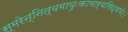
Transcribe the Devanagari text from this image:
स्मरेन्नित्यमायुःकामार्थसिद्धये।।